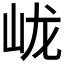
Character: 𱛓